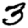
Digit: 3